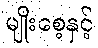
မျိုးစေ့နှင့်